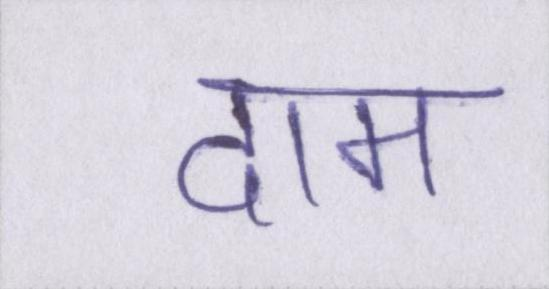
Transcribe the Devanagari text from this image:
दाम